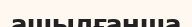
ашылғанша